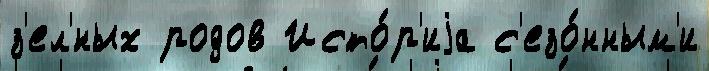
з'ел'́ных родов Исто́р'иjа с'езо́нным'и